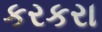
કરકરા